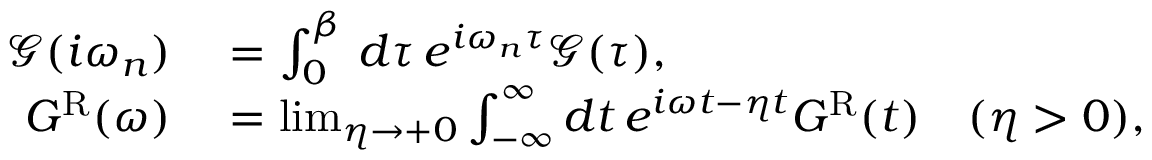
\begin{array} { r l } { \mathcal { G } ( i \omega _ { n } ) } & { { } = \int _ { 0 } ^ { \beta } \, d \tau \, e ^ { i \omega _ { n } \tau } \mathcal { G } ( \tau ) , } \\ { G ^ { \mathrm { R } } ( \omega ) } & { { } = \operatorname* { l i m } _ { \eta \rightarrow + 0 } \int _ { - \infty } ^ { \infty } d t \, e ^ { i \omega t - \eta t } G ^ { \mathrm { R } } ( t ) \ \ \ ( \eta > 0 ) , } \end{array}